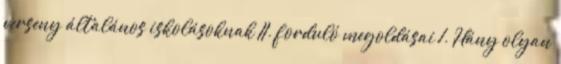
verseny általános iskolásoknak II. forduló megoldásai 1. Hány olyan